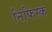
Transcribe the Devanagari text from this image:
निफिस्क